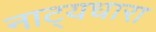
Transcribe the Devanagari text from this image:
नाट्यधारा